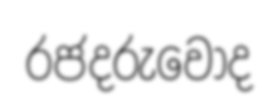
රජදරුවෝද